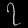
Digit: ၇